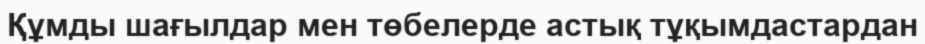
Құмды шағылдар мен төбелерде астық тұқымдастардан